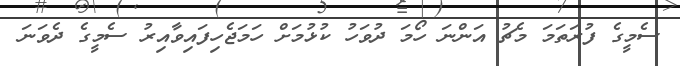
ސެމީގެ ފުރަތަމަ މެޗު އަންނަ ހޯމަ ދުވަހު ކުޅުމަށް ހަމަޖެހިފައިވާއިރު ސެމީގެ ދެވަނަ